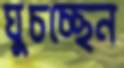
ঘুচচ্ছেন